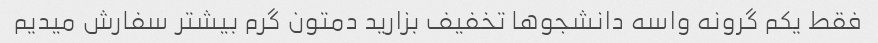
فقط یکم گرونه واسه دانشجو‌ها تخفیف بزارید دمتون گرم بیشتر سفارش میدیم